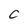
Character: C